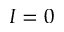
I = 0